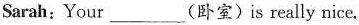
Sarah;Your_________(卧室)is really nice.